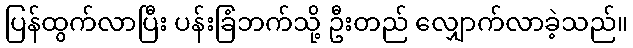
ပြန်ထွက်လာပြီး ပန်းခြံဘက်သို့ ဦးတည် လျှောက်လာခဲ့သည်။